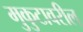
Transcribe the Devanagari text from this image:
मुकुटावरील